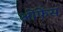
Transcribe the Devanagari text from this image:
ओफेंस